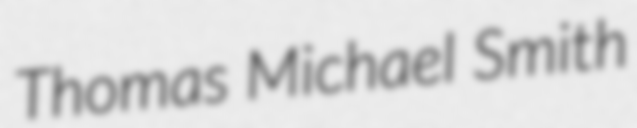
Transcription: Thomas Michael Smith